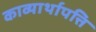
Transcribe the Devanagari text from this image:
काव्यार्थापत्ति